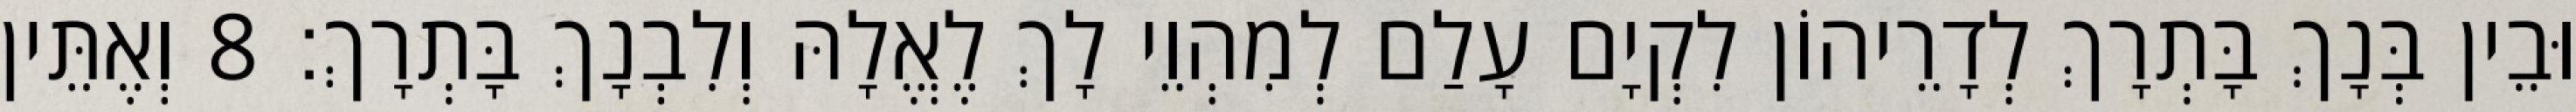
וּבֵין בְּנָךְ בָּתְרָךְ לְדָרֵיהוֹן לִקְיָם עָלַם לְמִהְוֵי לָךְ לֶאֱלָהּ וְלִבְנָךְ בָּתְרָךְ׃ 8 וְאֶתֵּין